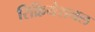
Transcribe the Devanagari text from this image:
रिक्रियेशनल